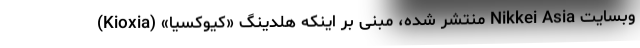
وبسایت Nikkei Asia منتشر شده، مبنی بر اینکه هلدینگ «کیوکسیا» (Kioxia)